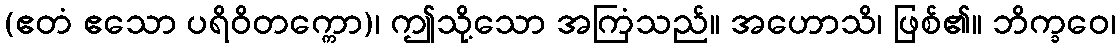
(ဧတံ ဧသော ပရိဝိတက္ကော)၊ ဤသို့သော အကြံသည်။ အဟောသိ၊ ဖြစ်၏။ ဘိက္ခဝေ၊